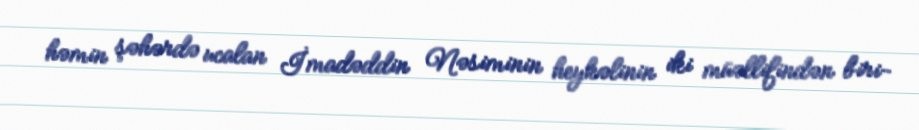
həmin şəhərdə ucalan İmadəddin Nəsiminin heykəlinin iki müəllifindən biri-